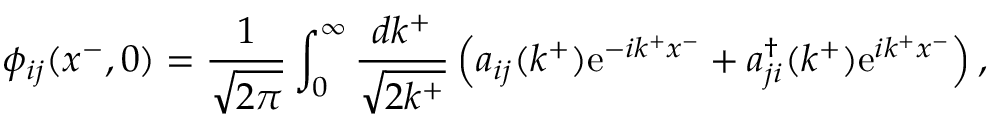
\phi _ { i j } ( x ^ { - } , 0 ) = \frac { 1 } { \sqrt { 2 \pi } } \int _ { 0 } ^ { \infty } \frac { d k ^ { + } } { \sqrt { 2 k ^ { + } } } \left( a _ { i j } ( k ^ { + } ) \mathrm { e } ^ { - i k ^ { + } x ^ { - } } + a _ { j i } ^ { \dag } ( k ^ { + } ) \mathrm { e } ^ { i k ^ { + } x ^ { - } } \right) ,